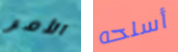
الأمر أسلحه